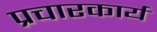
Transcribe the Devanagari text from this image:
प्रचारकार्य